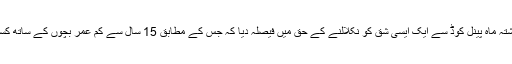
مڈل ایسٹ آئی کے مطابق ترک آئینی عدالت نے گزشتہ ماہ پینل کوڈ سے ایک ایسی شق کو نکلالنے کے حق میں فیصلہ دیا کہ جس کے مطابق 15 سال سے کم عمر بچوں کے ساتھ کسی بھی قسم کا جنسی تعلق جنسی زیادتی شمار ہو گا۔